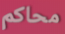
محاكم